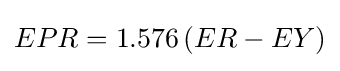
{\begin{aligned}EPR=1.576\,(ER-EY)\end{aligned}}